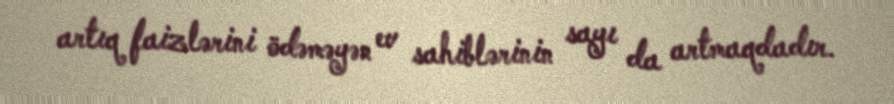
artıq faizlərini ödəməyən ev sahiblərinin sayı da artmaqdadır.